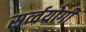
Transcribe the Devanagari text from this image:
सर्व्वयोगी